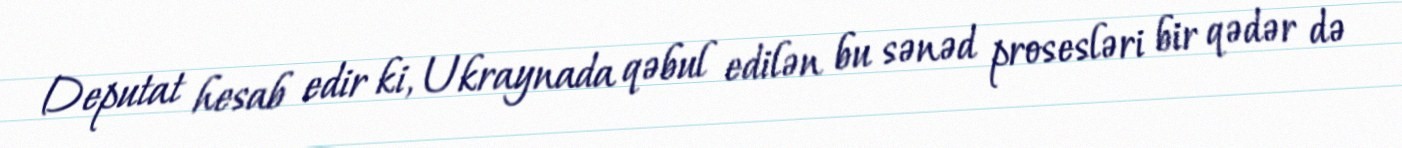
Deputat hesab edir ki, Ukraynada qəbul edilən bu sənəd prosesləri bir qədər də